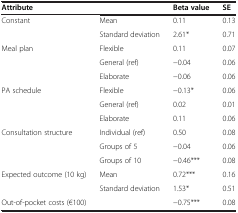
<table><thead><tr><td><b>Attribute</b></td><td><b> </b></td><td><b>Beta value</b></td><td><b>SE</b></td></tr></thead><tbody><tr><td>Constant</td><td>Mean</td><td>0.11</td><td>0.13</td></tr><tr><td> </td><td>Standard deviation</td><td>2.61*</td><td>0.71</td></tr><tr><td>Meal plan</td><td>Flexible</td><td>0.11</td><td>0.07</td></tr><tr><td> </td><td>General (ref)</td><td>−0.04</td><td>0.06</td></tr><tr><td> </td><td>Elaborate</td><td>−0.06</td><td>0.06</td></tr><tr><td>PA schedule</td><td>Flexible</td><td>−0.13*</td><td>0.06</td></tr><tr><td> </td><td>General (ref)</td><td>0.02</td><td>0.01</td></tr><tr><td> </td><td>Elaborate</td><td>0.11</td><td>0.06</td></tr><tr><td>Consultation structure</td><td>Individual (ref)</td><td>0.50</td><td>0.08</td></tr><tr><td> </td><td>Groups of 5</td><td>−0.04</td><td>0.06</td></tr><tr><td> </td><td>Groups of 10</td><td>−0.46***</td><td>0.08</td></tr><tr><td>Expected outcome (10 kg)</td><td>Mean</td><td>0.72***</td><td>0.16</td></tr><tr><td> </td><td>Standard deviation</td><td>1.53*</td><td>0.51</td></tr><tr><td>Out-of-pocket costs (€100)</td><td> </td><td>−0.75***</td><td>0.08</td></tr></tbody></table>